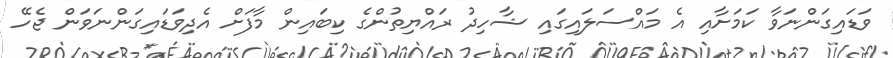
ވަޑައިގަންނަވާ ކަމަށާއި އެ މައްސަލައިގައި ޝާހިދު ރައްޔިތުންގެ ކިބައިން މާފަށް އެދިވަޑައިގަންނަވަން ޖެހޭ